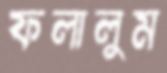
ফলালুম